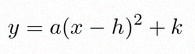
y=a(x-h)^2+k